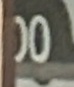
00